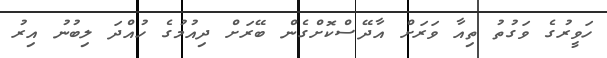
ހަވީރުގެ ވަގުތު ތިއާ ވަރަށް އާދޭސްކޮށްގެން ބޭރަށް ދިއުމުގެ ހުއްދަ ލިބުނު އިރު